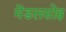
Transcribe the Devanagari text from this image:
मेंडलसोह्न